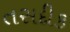
તસદીક